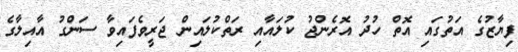
ފިޔާޒުގެ އަތުގައި އޮތް ހުދު އޮރެންޖު ކުލައާއި ރަތްކުލައިން ޖަރީވެފައިވާ ސަންގު އާއިލާގެ